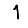
Digit: 1